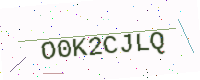
Text: O0K2CJLQ